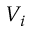
V _ { i }